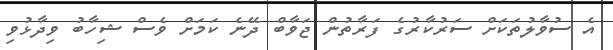
އެ ސުވާލުތަކަށް ސަރުކާރުގެ ފަރާތުން ޖަވާބް ދޭނެ ކަމަށް ވެސް ޝިހާބު ވިދާޅުވި